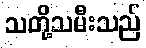
သတို့သမီးသည်